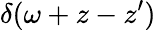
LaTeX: \delta(\omega+z-z^{\prime})